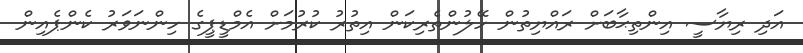
އަދި ރިޔާސީ އިންތިޙާބަށް ރައްޔިތުން ހޭލުންތެރިކަން އިތުރު ކުރުމަށް އެމްޑީޕީގެ ހިންނަވަރު ކެންޕެއިން